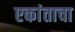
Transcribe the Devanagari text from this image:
एकांताचा